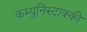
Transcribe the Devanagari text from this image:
कम्युनिस्टाक्की